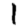
Digit: 1